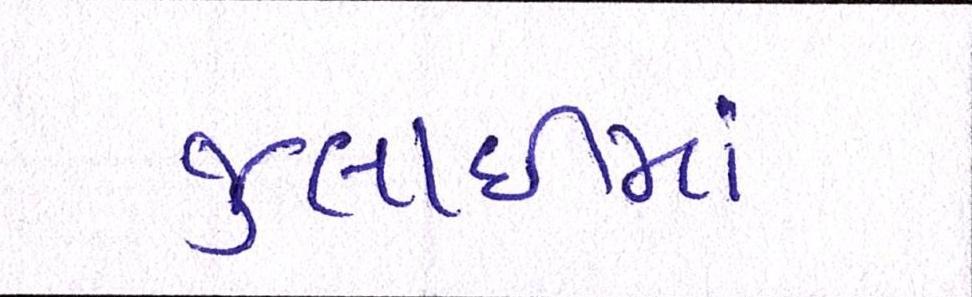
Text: જુલાઇમાં